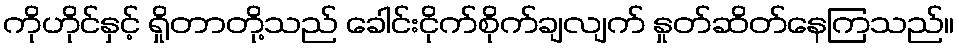
ကိုဟိုင်နှင့် ရှိုတာတို့သည် ခေါင်းငိုက်စိုက်ချလျက် နှုတ်ဆိတ်နေကြသည်။